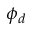
\phi _ { d }